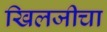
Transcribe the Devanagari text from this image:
खिलजीचा